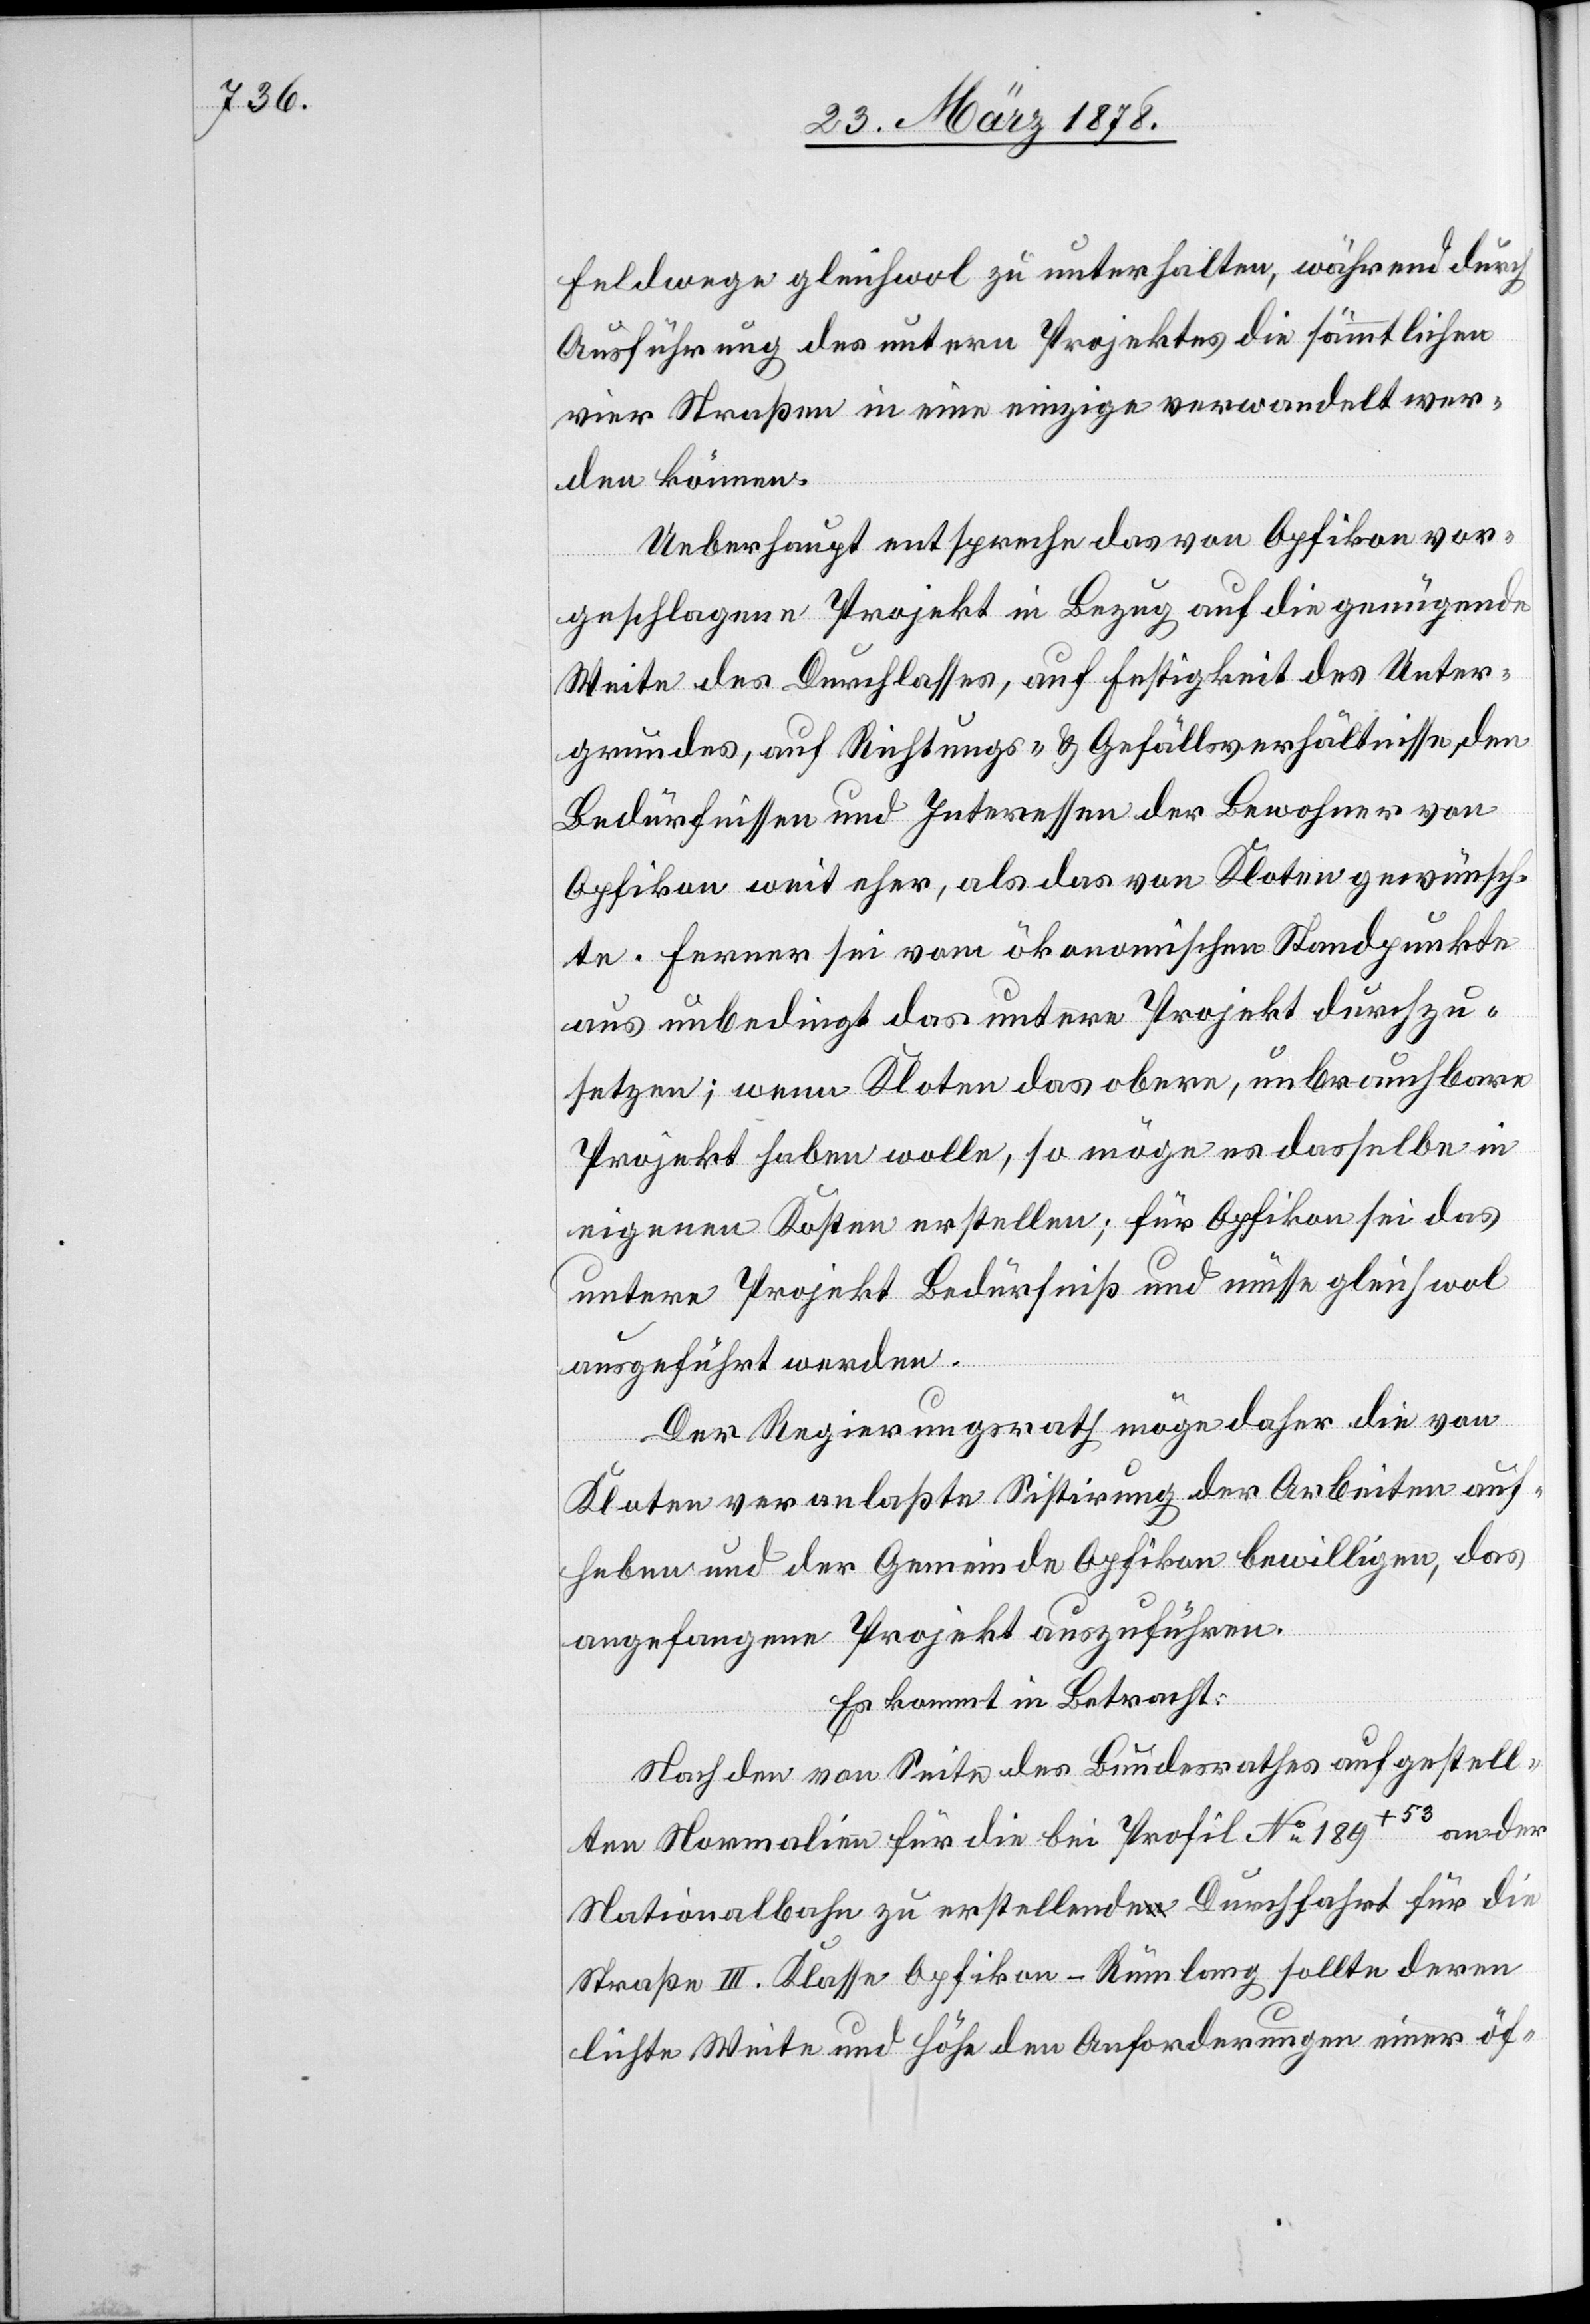
Feldwege gleichwol zu unterhalten, während durch
Ausführung des untern Projektes die sämmtlichen
vier Straßen in eine einzige verwandelt wer¬
den können.
Ueberhaupt entspreche das von Opfikon vor¬
geschlagene Projekt in Bezug auf die genügende
Weite des Durchlasses, auf Festigkeit des Unter¬
grundes, auf Richtungs- & Gefällsverhältnisse, den
Bedürfnissen und Interessen der Bewohner von
Opfikon weit eher, als das von Kloten gewünsch¬
te. Ferner sei vom ökonomischen Standpunkte
aus unbedingt das untere Projekt durchzu¬
setzen; wenn Kloten das obere, unbrauchbare
Projekt haben wolle, so möge es dasselbe in
eigenen Kosten erstellen; für Opfikon sei das
untere Projekt Bedürfniß und müsse gleichwol
ausgeführt werden.
Der Regierungsrath möge daher die von
Kloten veranlaßte Sistirung der Arbeiten auf¬
heben und der Gemeinde Opfikon bewilligen, das
angefangene Projekt auszuführen.
Es kommt in Betracht:
Nach den von Seite des Bundesrathes aufgestell¬
ten Normalien für die bei Profil No 189+53 an der
Nationalbahn zu erstellende Durchfahrt für die
Straße III. Klasse Opfikon–Rümlang sollte deren
lichte Weite und Höhe den Anforderungen einer öf-